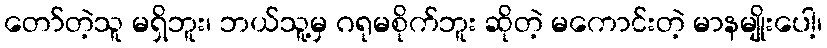
တော်တဲ့သူ မရှိဘူး၊ ဘယ်သူ့မှ ဂရုမစိုက်ဘူး ဆိုတဲ့ မကောင်းတဲ့ မာနမျိုးပေါ့၊